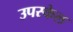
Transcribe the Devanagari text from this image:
उपस्केल